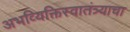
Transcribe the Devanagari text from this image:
अभव्यिक्तिस्वातंत्र्याचा